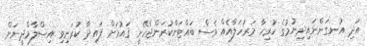
އަދި އުނގަންނައިދިނުމުގެ ހުރިހާ މަރުހަލާއެއް ވެސް ބައްޓަންކުރަންޖެހޭނީ ޤައުމަށް ފައިދާ ކުރަނިވި އިސްލާމްދީނަށް